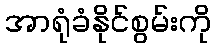
အာရုံခံနိုင်စွမ်းကို